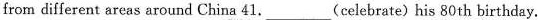
from different areas around China 41. ___ (celebrate)his 80th birthday.